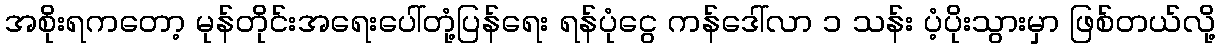
အစိုးရကတော့ မုန်တိုင်းအရေးပေါ်တုံ့ပြန်ရေး ရန်ပုံငွေ ကန်ဒေါ်လာ ၁ သန်း ပံ့ပိုးသွားမှာ ဖြစ်တယ်လို့